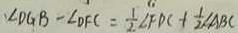
\angle D G B - \angle D F C = \frac { 1 } { 2 } \angle F D C + \frac { 1 } { 2 } \angle A B C